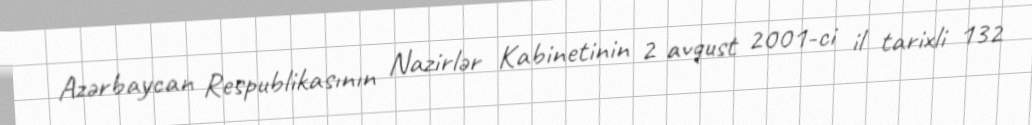
Azərbaycan Respublikasının Nazirlər Kabinetinin 2 avqust 2001-ci il tarixli 132